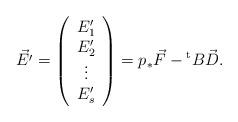
LaTeX: \begin{align*}& \vec{{E'}}=\left( \begin{array}{c}E_{1}'\\E_{2}'\\\vdots \\E_{s}'\end{array}\right)={p}_{*} \vec{F}-{}^{\rm t}B \vec{D}.\end{align*}